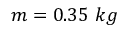
m = 0 . 3 5 \ k g